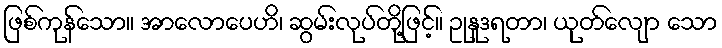
ဖြစ်ကုန်သော။ အာလောပေဟိ၊ ဆွမ်းလုပ်တို့ဖြင့်။ ဥုနူဒရတာ၊ ယုတ်လျော သော